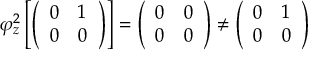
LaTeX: \varphi _ { z } ^ { 2 } \left[ { \left( \begin{array} { l l } { 0 } & { 1 } \\ { 0 } & { 0 } \end{array} \right) } \right] = { \left( \begin{array} { l l } { 0 } & { 0 } \\ { 0 } & { 0 } \end{array} \right) } \neq { \left( \begin{array} { l l } { 0 } & { 1 } \\ { 0 } & { 0 } \end{array} \right) }